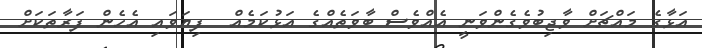
އަޅާގެ މައްޗަށް ވާޖިބުވެގެންވަނީ އެއްވެސް ބާވަތެއްގެ އަޅުކަމެއް  ފިޔަވައި އެހެން ފަރާތަކަށް